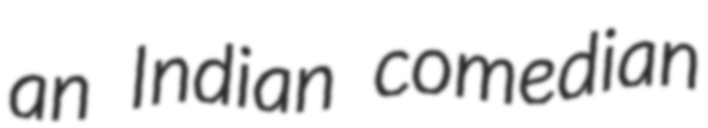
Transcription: an Indian comedian